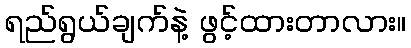
ရည်ရွယ်ချက်နဲ့ ဖွင့်ထားတာလား။